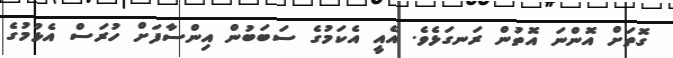
ގޮތަށް އޮންނަ އޮތުން ރަނގަޅެވެ. އެއީ އެކަމުގެ ސަބަބުން އިންސާފަށް ހުރަސް އެޅުމުގެ